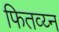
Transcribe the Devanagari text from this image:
फितव्य्न